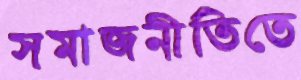
সমাজনীতিতে